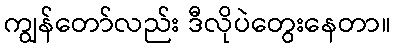
ကျွန်တော်လည်း ဒီလိုပဲတွေးနေတာ။